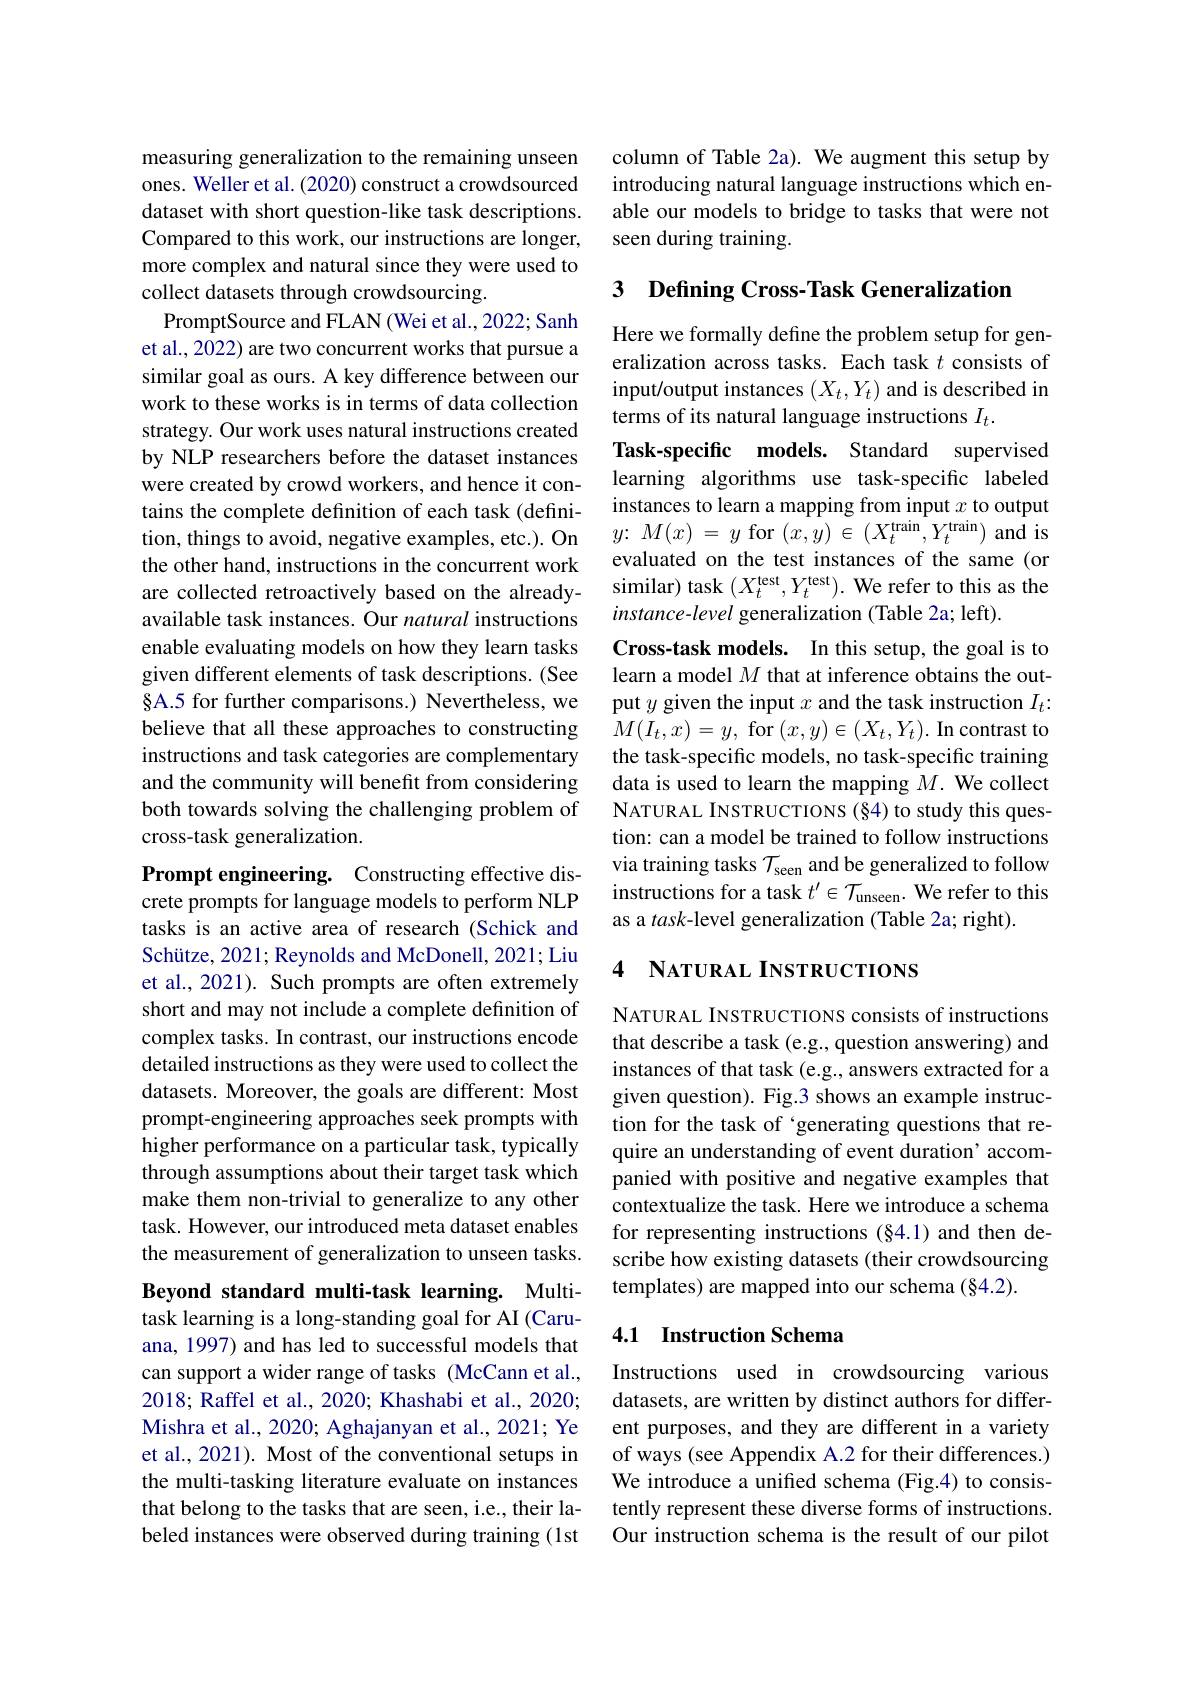
measuring generalization to the remaining unseen ones. Weller et al. (2020) construct a crowdsourced dataset with short question-like task descriptions. Compared to this work, our instructions are longer, more complex and natural since they were used to collect datasets through crowdsourcing.
PromptSource and FLAN (Wei et al., 2022; Sanh et al., 2022) are two concurrent works that pursue a similar goal as ours. A key difference between our work to these works is in terms of data collection strategy. Our work uses natural instructions created by NLP researchers before the dataset instances were created by crowd workers, and hence it contains the complete definition of each task (definition, things to avoid, negative examples, etc.). On the other hand, instructions in the concurrent work are collected retroactively based on the alreadyavailable task instances. Our natural instructions enable evaluating models on how they learn tasks given different elements of task descriptions. (See §A.5 for further comparisons.) Nevertheless, we believe that all these approaches to constructing instructions and task categories are complementary and the community will benefit from considering both towards solving the challenging problem of cross-task generalization.
Prompt engineering. Constructing effective dis-

crete prompts for language models to perform NLP tasks is an active area of research (Schick and Schütze, 2021; Reynolds and McDonell, 2021; Liu et al., 2021). Such prompts are often extremely short and may not include a complete definition of complex tasks. In contrast, our instructions encode detailed instructions as they were used to collect the datasets. Moreover, the goals are different: Most prompt-engineering approaches seek prompts with higher performance on a particular task, typically through assumptions about their target task which make them non-trivial to generalize to any other task. However, our introduced meta dataset enables the measurement of generalization to unseen tasks.

Beyond standard multi-task learning. Multitask learning is a long-standing goal for AI (Caruana, 1997) and has led to successful models that can support a wider range of tasks (McCann et al., 2018; Raffel et al., 2020; Khashabi et al., 2020; Mishra et al., 2020; Aghajanyan et al., 2021; Ye et al., 2021). Most of the conventional setups in the multi-tasking literature evaluate on instances that belong to the tasks that are seen, i.e., their labeled instances were observed during training (1st

column of Table 2a). We augment this setup by introducing natural language instructions which enable our models to bridge to tasks that were not seen during training.

3 Defining Cross-Task Generalization

Here we formally define the problem setup for generalization across tasks. Each task $t$ consists of input/output instances $(X_t,Y_t)$ and is described in terms of its natural language instructions $I_t.$
Task-specific models. Standard supervised learning algorithms use task-specific labeled instances to learn a mapping from input $x$ to output $y\colon M(x)~=~y~$for $(x,y)~\in~(X_t^\text{train},Y_t^\text{train})~$and is evaluated on the test instances of the same (or similar) task $(X_{t}^{\mathrm{test}},Y_{t}^{\mathrm{test}}).$ We refer to this as the instance-level generalization (Table 2a; left).
Cross-task models. In this setup, the goal is to learn a model $M$ that at inference obtains the output $y$ given the input $x$ and the task instruction $I_t{:}$ $M(I_{t},x)=y$, for $(x,y)\in(X_{t},Y_{t}).$ In contrast to the task-specific models, no task-specific training data is used to learn the mapping $M.$ We collect NATURAL INSTRUCTIONS (§4) to study this question: can a model be trained to follow instructions via training tasks $\mathcal{T}_\mathrm{seen}$ and be generalized to follow instructions for a task $t^\prime\in\mathcal{T}_{\mathrm{unseen.~We~refer~to~this}}$ as a task-level generalization (Table 2a; right).

## 4 NATURAL INSTRUCTIONS

NATURAL INSTRUCTIONS consists of instructions that describe a task (e.g., question answering) and instances of that task (e.g., answers extracted for a given question). Fig.3 shows an example instruction for the task of ‘generating questions that require an understanding of event duration' accompanied with positive and negative examples that contextualize the task. Here we introduce a schema for representing instructions (§4.1) and then describe how existing datasets (their crowdsourcing templates) are mapped into our schema (§4.2).

## 4.1 Instruction Schema

Instructions used in crowdsourcing various datasets, are written by distinct authors for different purposes, and they are different in a variety of ways (see Appendix A.2 for their differences.) We introduce a unifed schema (Fig.4) to consistently represent these diverse forms of instructions. Our instruction schema is the result of our pilot